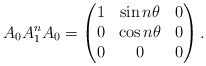
\begin{align*}A_0A_1^nA_0 = \begin{pmatrix}1&\sin n\theta&0\\ 0&\cos n\theta &0 \\ 0&0 &0\end{pmatrix}. \end{align*}